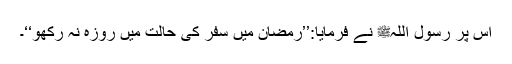
اس پر رسول اللہﷺ نے فرمایا:’’رمضان میں سفر کی حالت میں روزہ نہ رکھو‘‘۔